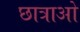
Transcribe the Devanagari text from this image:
छात्राओ